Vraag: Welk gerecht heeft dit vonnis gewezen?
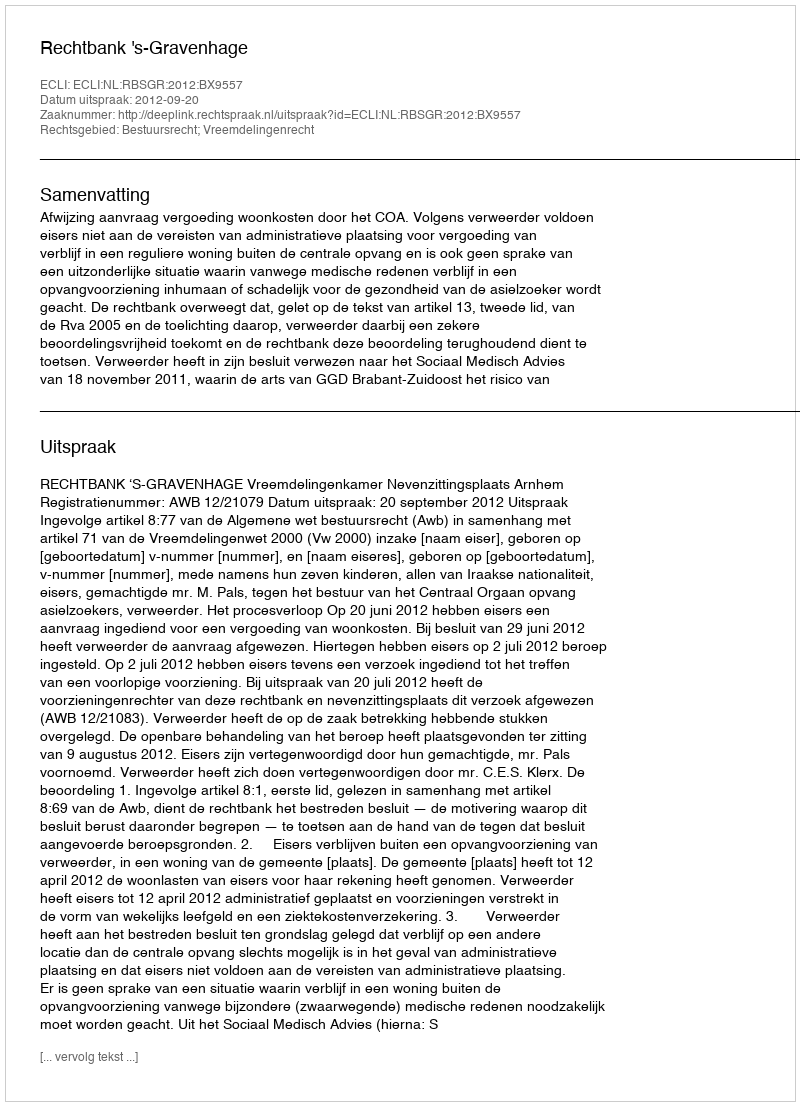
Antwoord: Rechtbank 's-Gravenhage